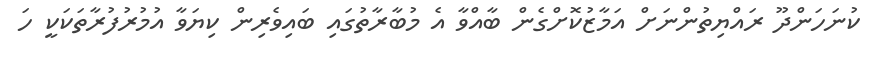
ކުނަހަންދޫ ރައްޔިތުންނަށް އަމާޒުކޮށްގެން ބާއްވާ އެ މުބާރާތުގައި ބައިވެރިން ކިޔަވާ އުމުރުފުރާތަކަކީ ހަ